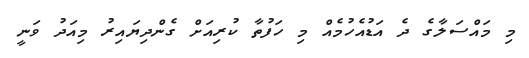
މި މައްސަލާގެ ދެ އަޑުއެހުމެއް މި ހަފުތާ ކުރިއަށް ގެންދިޔައިރު މިއަދު ވަނީ